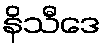
နိသီဒေ